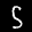
Label: 5